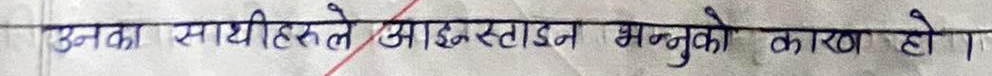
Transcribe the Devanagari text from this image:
उनका साथीहरूले आइन्स्टाइन भन्नुको कारण हो।